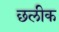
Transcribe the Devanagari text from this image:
छलीक